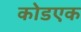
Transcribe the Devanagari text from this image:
कोडएक